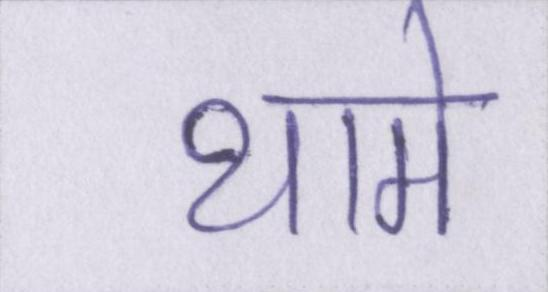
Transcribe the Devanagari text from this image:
थामे